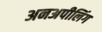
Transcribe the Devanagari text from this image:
अनअपीलिंग